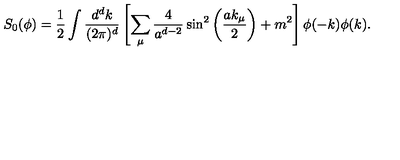
S _ { 0 } ( \phi ) = \frac { 1 } { 2 } \int \frac { d ^ { d } k } { ( 2 \pi ) ^ { d } } \left[ \sum _ { \mu } \frac { 4 } { a ^ { d - 2 } } \sin ^ { 2 } \left( \frac { a k _ { \mu } } { 2 } \right) + m ^ { 2 } \right] \phi ( - k ) \phi ( k ) .